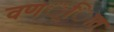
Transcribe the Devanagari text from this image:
वणर््िात